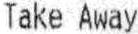
TAKE AWAY